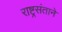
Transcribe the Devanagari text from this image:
राष्ट्रसंताने